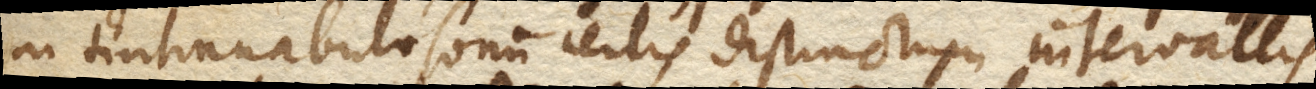
in tintinnabulo sonum certis distinctum intervallis